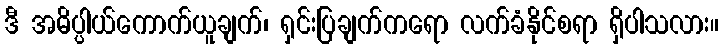
ဒီ အဓိပ္ပါယ်ကောက်ယူချက်၊ ရှင်းပြချက်ကရော လက်ခံနိုင်စရာ ရှိပါသလား။